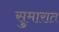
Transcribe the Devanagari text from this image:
सुमारात